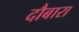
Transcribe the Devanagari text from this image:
दौबारा